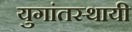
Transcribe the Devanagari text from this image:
युगांतस्थायी